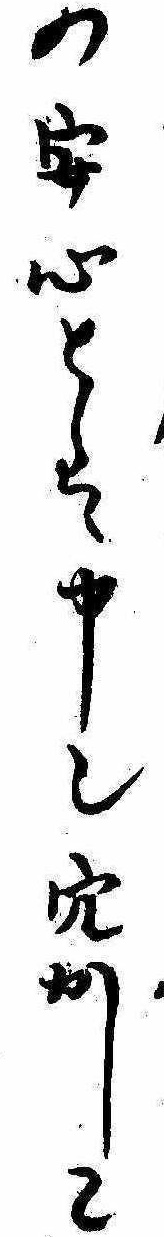
の安心とは申也穴かしこ